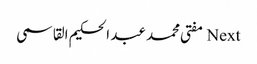
Next مفتی محمد عبد الحکیم القاسمی